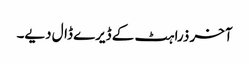
آخر ذرا ہٹ کے ڈیرے ڈال دیے۔